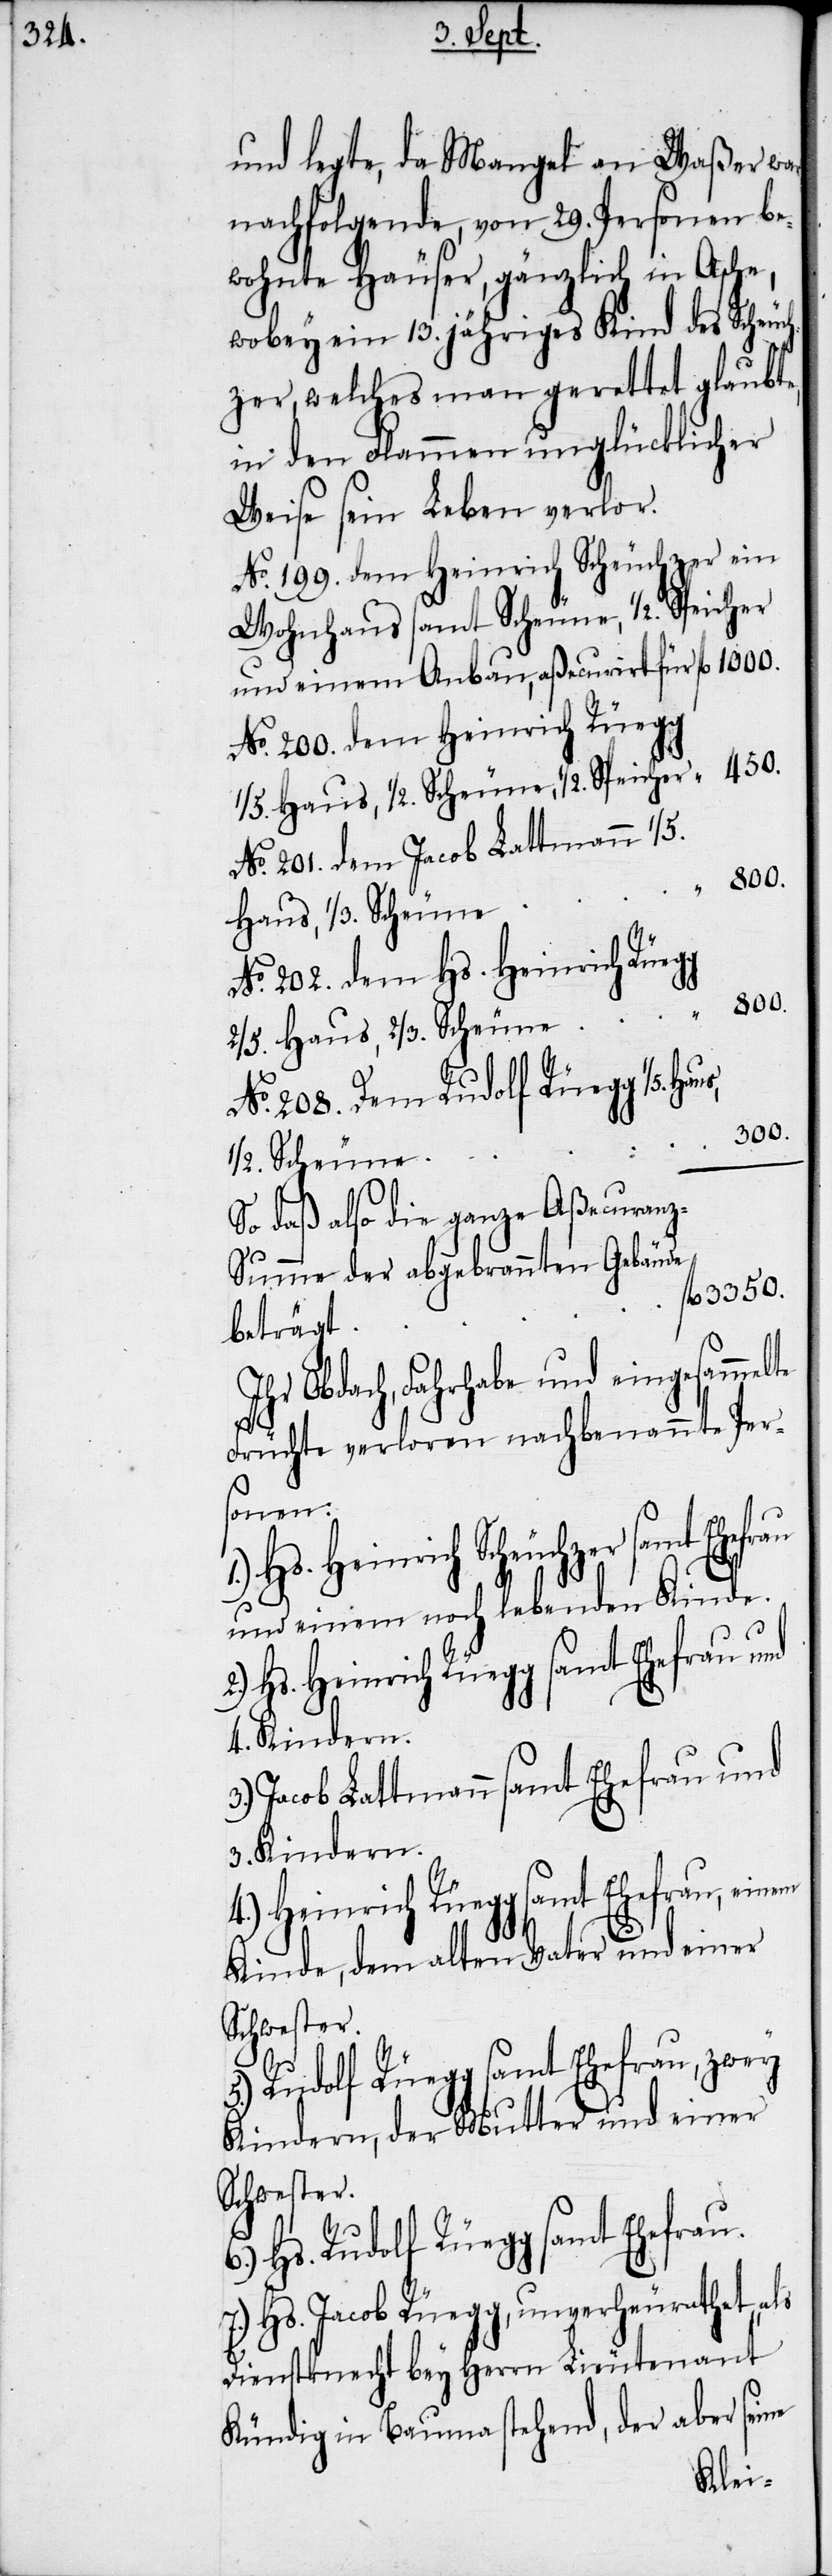
und legte, da Mangel an Waßer war,
nachfolgende, von 29. Personen be¬
wohnte Häuser, gänzlich in Asche,
wobey ein 13. jähriges Kind des Scheuch¬
zer, welches man gerettet glaubte,
in den Flammen unglücklicher
Weise sein Leben verlor.
No. 199. dem Heinrich Scheuchzer ein
Wohnhaus samt Scheune, 1/2. Speicher
und einem Anbau, aßecurirt für
No. 200. dem Heinrich Rüegg
No. 201. dem Jacob Lattmann 1/5.
No. 202. dem Hs. Heinrich Rüegg
3550.
1/5. Haus, 1/2. Scheune
No. 208. Dem Rudolf Rüegg
300.
1/3. Scheune
So daß also die ganze Aßecuran¬
z-Summe der abgebrannten Gebäude
beträgt
Ihr Obdach, Fahrhabe und eingesammelte
Früchte verloren nachbenannte Per¬
sonen:
Hs. Heinrich Scheuchzer samt
und einem noch lebenden Kinde.
4.) Heinrich Rüegg samt Ehefrau,
4. Kindern.
Jacob Lattmann samt Ehefrau und
3. Kindern.
Kinde, dem alten Vater und einer
Schwester.
Rudolf Rüegg samt Ehefrau, zwey
Kindern, der Mutter und einer
Schwester.
Hs. Rudolf Rüegg samt Ehefrau.
Hs. Jacob Rüegg, unverheurathet,
Dienstknecht bey Herrn Lieutenant
Kündig in Bauma stehend, der aber seine